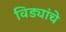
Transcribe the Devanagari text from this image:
विड्यांचे